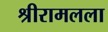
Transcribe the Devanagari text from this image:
श्रीरामलला